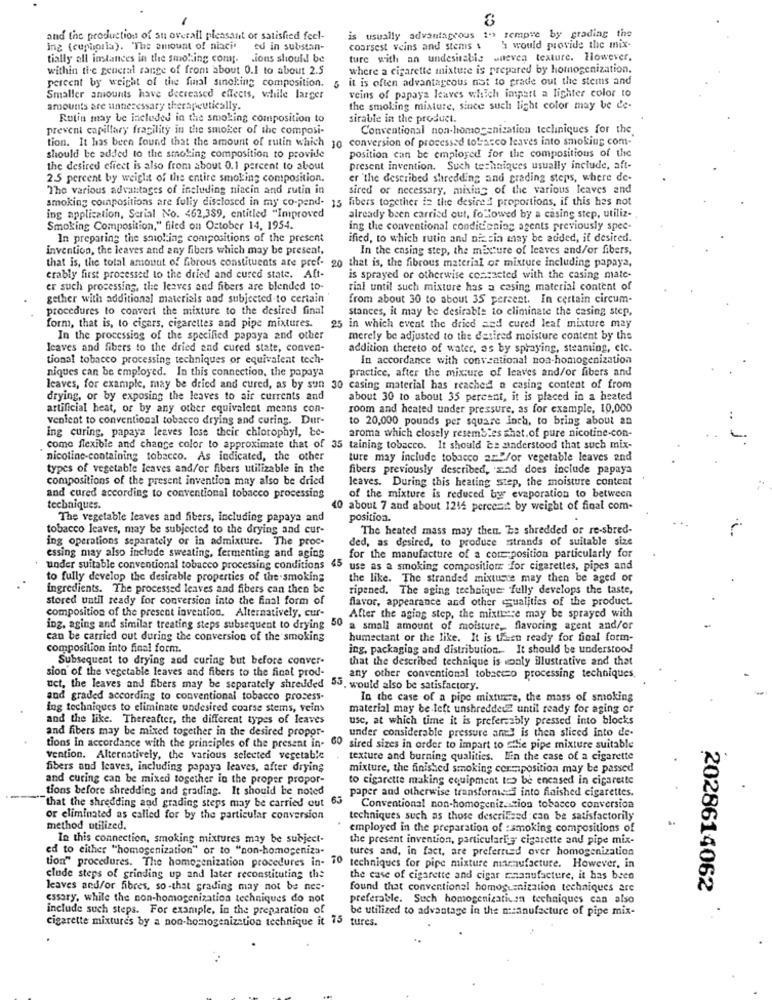
and the production of an overall pleasant or satisfied feel-
is usually advantageous 1"> sempre by grading the
ing (euphoria). "The amount of niaci ed in substan-
coarsest veins and stems &
h would provide the mix-
tially all instances in the smoking comp- ions should be
ture with an undesirable waeven texture. However,
within the general range of from about 0.1 to about 2.5
where a cigarette mixture is prepared by homogenization.
percent by weight of the final sincking composition.
it is often advantageous not to grade out the stems and
veins of papaya leaves which impart a lighter color to
Smaller amounts have decreased effects, while larger
amounts are unnecessary therapeutically.
the smoking misture, since such light color may be de-
Rutin may be included in the smoking composition to
sirable in the product.
prevent capillary fragility in the smoker of the composi-
Conventional non-homogenization tecliniques for the.
tion. It has been found that the amount of rutin which 10 conversion of processed tobacco leaves into smoking com-
position can be employed for the compositions of the
should be added to the smoking composition to provide
the desired effect is also from about 0.1 percent to about
present invention. Such techniques usually include, aft-
2.5 percent by weight of the entire smoking composition.
er 'the described shredding and grading steps, where de-
The various advantages of including niacin and rutin in
sired or necessary, mixing of the various leaves and
smoking compositions are fully disclosed in my co-pend- 15 fibers together ie the desired proportions, if this has not
ing application, Serial No. 462,389, entitled "Improved
already been carried out, followed by a casing step, utiliz -.
Smoking Composition," filed on October 14, 1954.
ing the conventional conditioning agents previously spec-
In preparing the smoking compositions of the present
ified, to which rutin and niacin may be added, if desired.
invention, the leaves and any fibers which may be present,
In the casing step, the mixture of leaves and/or fibers,
that is, the total amount of fibrous constituents are pref- 20 that is, the fibrous material of mixture including papaya,
erably first processed to the dried and cured state. Aft-
is sprayed or otherwise contacted with the casing mate-
er such processing, the leaves and fibers are blended to-
rial until such mixture has a casing material content of
gether with additional materials and subjected to certain
from about 30 to about 35 percent. In certain circum-
procedures to convert the mixture to the desired final
stances, it may be desirable to eliminate the casing step,
form, that is, to cigars, cigarettes and pine mixtures.
5 in which event the dried and cured leaf mixture may
In the processing of the specified papaya and other
merely be adjusted to the desired moisture content by the
leaves and fibers to the dried and cured state, conven-
addition thereto of water, as by spraying, steaming, cie.
tional tobacco processing techniques or equivalent tech-
In accordance with conventional noa-homogenization
niques can be employed. In this connection, the papaya
practice, after the mixture of leaves and/or fibers and
leaves, for example, may be dried and cured, as by sun 30 casing material has reached a casing content of from
drying, or by exposing the leaves to air currents and
about 30 to about 35 percent, it is placed in a heated
artificial heat, or by any other equivalent means con-
room and heated under pressure, as for example, 10,000
venient to conventional tobacco drying and curing. Dur-
to 20,000 pounds per square Inch, to bring about an
ing curing, papaya leaves lose their chlorophyl, be-
aroma which closely resembles shat. of pure nicotine-con-
come flexible and change color to approximate that of 35 taining tobacco. It should be understood that such mix-
nicotine-containing tobacco. As indicated, the other
ture may include tobacco am./or vegetable leaves and
types of vegetable leaves and/or fibers utilizable in the
fibers previously described, and does include papaya
compositions of the present invention may also be dried
leaves. During this heating step, the moisture content
and cured according to conventional tobacco processing
of the mixture is reduced by evaporation to between
techniques.
10 about 7 and about 1212 percent by weight of final com-
The vegetable leaves and fibers, including papaya and
position.
tobacco leaves, may be subjected to the drying and cur-
The heated mass may then. he shredded or re-shred-
ing operations separately or in admixture. The proc.
ded, as desired, to produce sstrands of suitable size
essing may also include sweating, fermenting and agios
45
for the manufacture of a core-position particularly for
under suitable conventional tobacco processing conditions
use as a smoking composition for cigarettes, pipes and
to fully develop the desirable properties of the smoking
the like. The stranded mixture may then be aged or
ingredients. The processed leaves and fibers can then be
ripened. The aging technique- fully develops the taste,
stored until ready for conversion into the final form of
flavor, appearance and other qualities of the product.
composition of the present invention. Alternatively, cur-
After the aging step, the mixthere may be sprayed with
ing, aging and similar treating steps subsequent to drying 50
a small amount of moisture_ flavoring agent and/or
can be carried out during the conversion of the smoking
humectant or the like. It is then ready for final form-
composition into final form.
ing, packaging and distribution. It should be understood
Subsequent to drying and curing but before conver-
that the described technique is wonly illustrative and that
sion of the vegetable leaves and fibers to the final prod-
any other conventional tobacco processing techniques.
uct, the leaves and fibers may be separately shredded 55. would also be satisfactory.
and graded according to conventional tobacco prosess-
In the case of a pipe mixture, the mass of smoking
ing techniques to eliminate undesired coarse stems, veins
material may be left unshredded until ready for aging or
and the like. Thereafter, the different types of leaves
usc, at which time it is prefer ably pressed into blocks
and fibers may be mixed together in the desired propor-
under considerable pressure anel is then sliced into de-
tions in accordance with the principles of the present in- CO sired sizes in order to impart to stlie pipe mixture suitable
vention. Alternatively, the various selected vegetable
texture and burning qualities. HEin the case of a cigarette
fibers and leaves, including papaya leaves, after drying
mixture, the finished smoking conmposition may be passed
and curing can be mixed together in the proper propor-
to cigarette making equipment to be encased in cigarette
tions before shredding and grading. It should be noted
paper and otherwise transformed into finished cigarettes.
that the shredding and grading steps may be carried out 65
Conventional non-homogeniz. tion tobacco conversion
or eliminated as called for by the particular conversion
techniques such as those deserilized can be satisfactorily
method utilized.
employed in the preparation of :smoking compositions of
In this connection, smoking mixtures may be subject-
the present invention, particularly cigarette and pipe mix-
ed to either "homogenization" or to "non-homogeniza-
tures and, in fact, are preferred over homogenization
tion" procedures. The homogenization procedures in- 70
techniques for pipe mixture manufacture. However, in
clude steps of grinding up and later reconstituting the
the case of cigarette and cigar nanufacture, it has been
leaves and/or fibres, so-that grading may not be nes-
found that conventionel homogenization techniques are
cssary, while the non-homogenization techniques do not
preferable. Such homogenization techniques can also
2028614062
include such steps. For example, in the preparation of
be utilized to advantage in the manufacture of pipe mix-
cigarette mixtures by a non-homogenization technique it 75 tures.